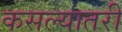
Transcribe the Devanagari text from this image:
कसल्यातरी